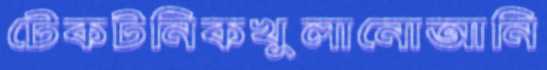
টেকটনিকখুলানোআনি